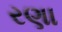
રણા